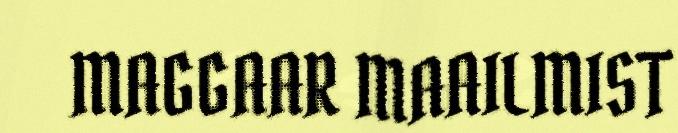
MAGGAAR MAAILMIST